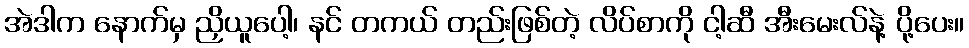
အဲဒါက နောက်မှ ညှိယူပေါ့၊ နင် တကယ် တည်းဖြစ်တဲ့ လိပ်စာကို ငါ့ဆီ အီးမေးလ်နဲ့ ပို့ပေး။